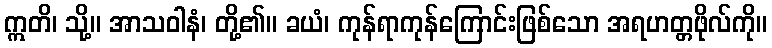
ဣတိ၊ သို့။ အာသဝါနံ၊ တို့၏။ ခယံ၊ ကုန်ရာကုန်ကြောင်းဖြစ်သော အရဟတ္တဖိုလ်ကို။